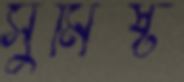
সুমিষ্ট